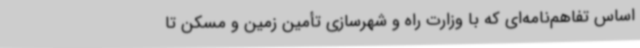
اساس تفاهم‌نامه‌ای که با وزارت راه و شهرسازی تأمین زمین و مسکن تا